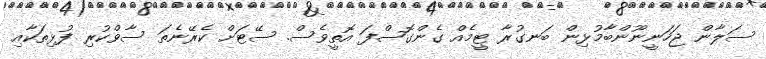
ސަލާން ޖަހަނީނޫންބާމުޅިން ބަނގުރާ ޓީމެއްް ގެންގޮސްފަ އޮތީވެސް. ސޭޓަށް ކެރޭނެތަ ސާވްކުރި ފުޅިތަކާއި